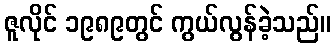
ဇူလိုင် ၁၉၈၉တွင် ကွယ်လွန်ခဲ့သည်။